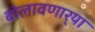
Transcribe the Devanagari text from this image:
बोलावणार्‍या